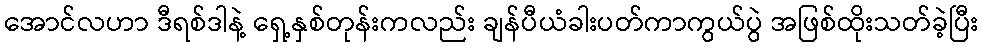
အောင်လဟာ ဒီရစ်ဒါနဲ့ ရှေ့နှစ်တုန်းကလည်း ချန်ပီယံခါးပတ်ကာကွယ်ပွဲ အဖြစ်ထိုးသတ်ခဲ့ပြီး